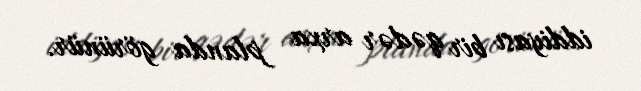
iddiyası bir qədər arxa planda görünür.